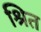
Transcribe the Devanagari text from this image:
श्रित